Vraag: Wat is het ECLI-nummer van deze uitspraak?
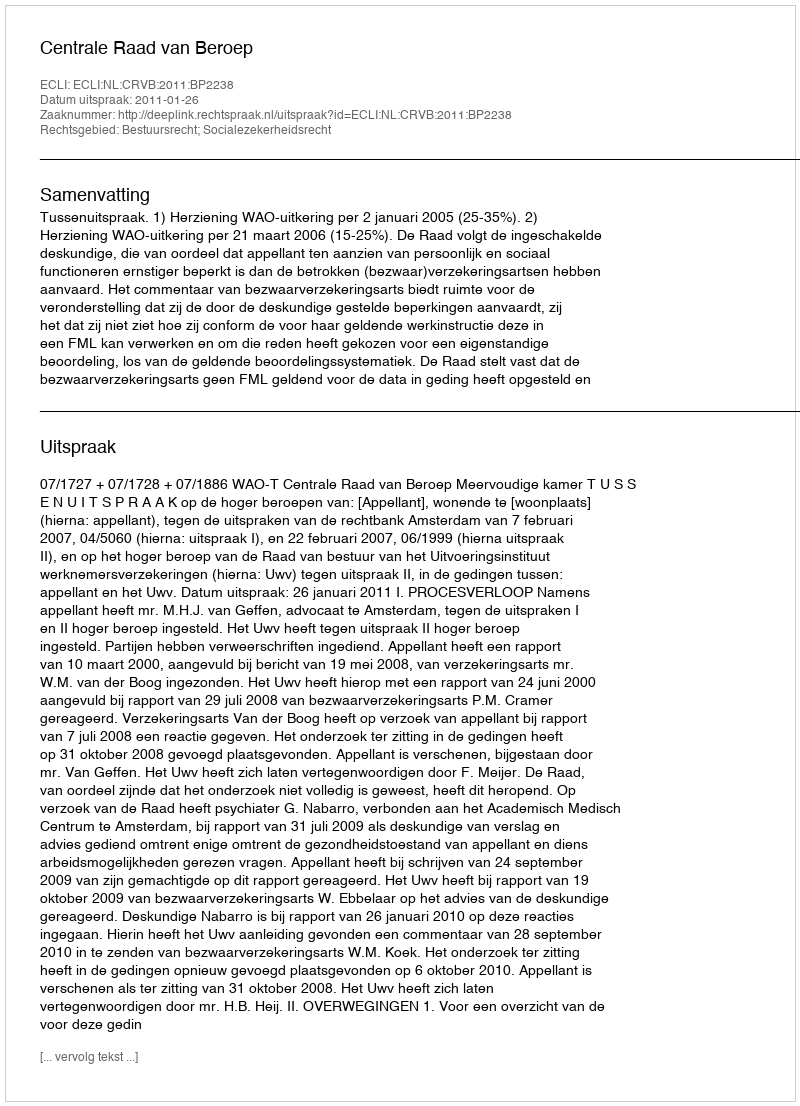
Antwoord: ECLI:NL:CRVB:2011:BP2238